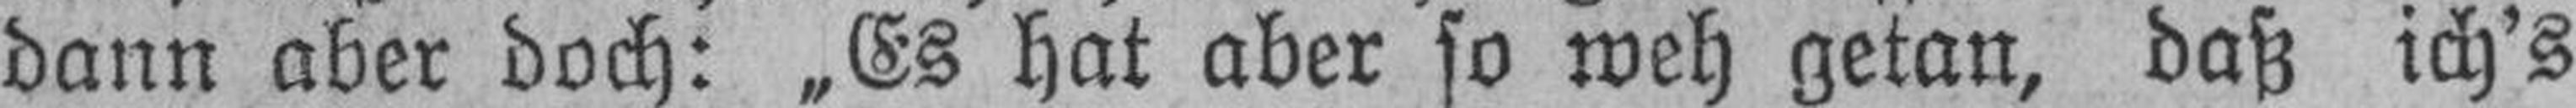
dann aber doch: „Es hat aber so weh getan, daß ich’s